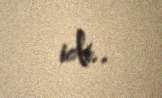
idi..